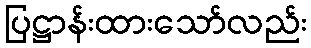
ပြဋ္ဌာန်းထားသော်လည်း